Mental hospitals Bombay report 1921-28 - 1921-1928
Year: 1921
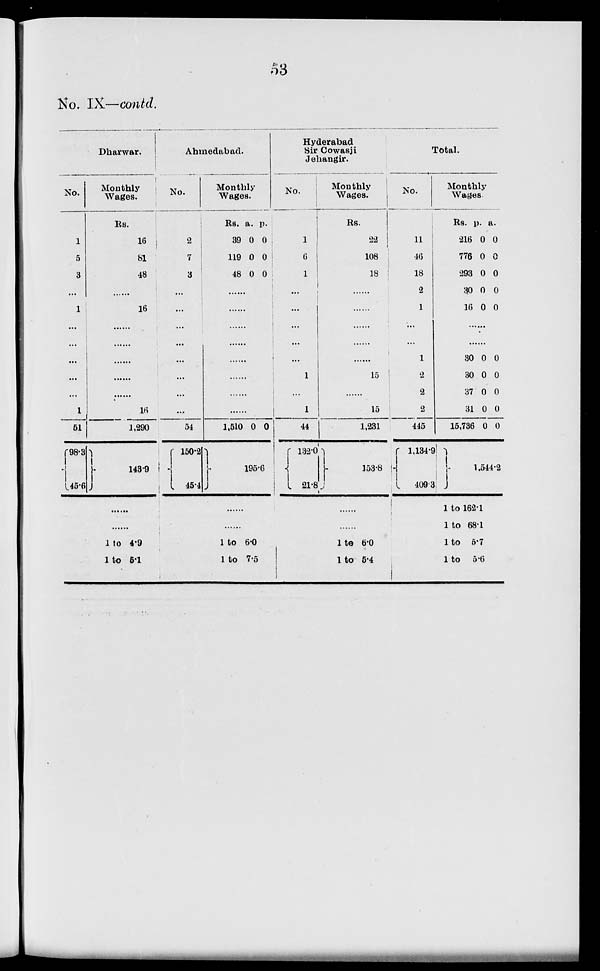
53
No. IX—contd.
Dharwar.
No.
1
5
3
...
1
...
...
...
...
...
1
51
98.3
45.6
Monthly
Wages.
Rs.
16
81
48
......
16
......
......
......
......
......
16
1,290
143.9
......
......
1 to 4.9
1 to 5.1
Ahmedabad.
No.
2
7
3
...
...
...
...
...
...
...
...
54
150.2
45.4
Monthly
Wages.
Rs.
39
119
48
a.
0
0
0
p.
0
0
0
......
......
......
......
......
......
......
......
1,510 0 0
195.6
......
......
1 to 6.0
1 to 7.5
Hyderabad
Sir Cowasji
Jehangir.
No.
1
6
1
...
...
...
...
...
1
...
1
44
132.0
21.8
Monthly
Wages.
Rs.
22
108
18
......
......
......
......
......
15
......
15
1,231
153.8
......
......
1 to 6.0
1 to 5.4
Total.
No.
11
46
18
2
1
...
...
1
2
2
2
445
1,134.9
409.3
Monthly
Wages.
Rs.
216
776
293
30
16
a.
0
0
0
0
0
p.
0
0
0
0
0
......
......
30
30
37
31
15,736
0
0
0
0
0
0
0
0
0
0
1,544.2
1 to 162.1
1 to 68.1
1 to 5.7
1 to 5.6